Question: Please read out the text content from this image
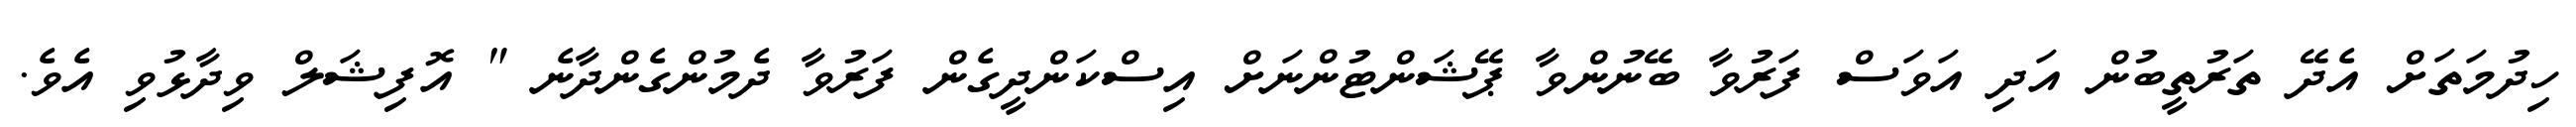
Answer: ހިދުމަތަށް އެދޭ ތަރުތީބުން އަދި އަވަސް ފަރުވާ ބޭނުންވާ ޕޭޝަންޓުންނަށް އިސްކަންދީގެން ފަރުވާ ދެމުންގެންދާނެ " އޮފިޝަލް ވިދާޅުވި އެވެ.